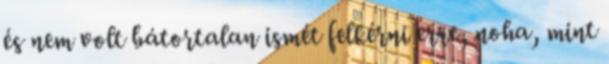
és nem volt bátortalan ismét felkérni erre, noha, mint